Medical and sanitary report of the native army of Madras for the year
Year: 1877
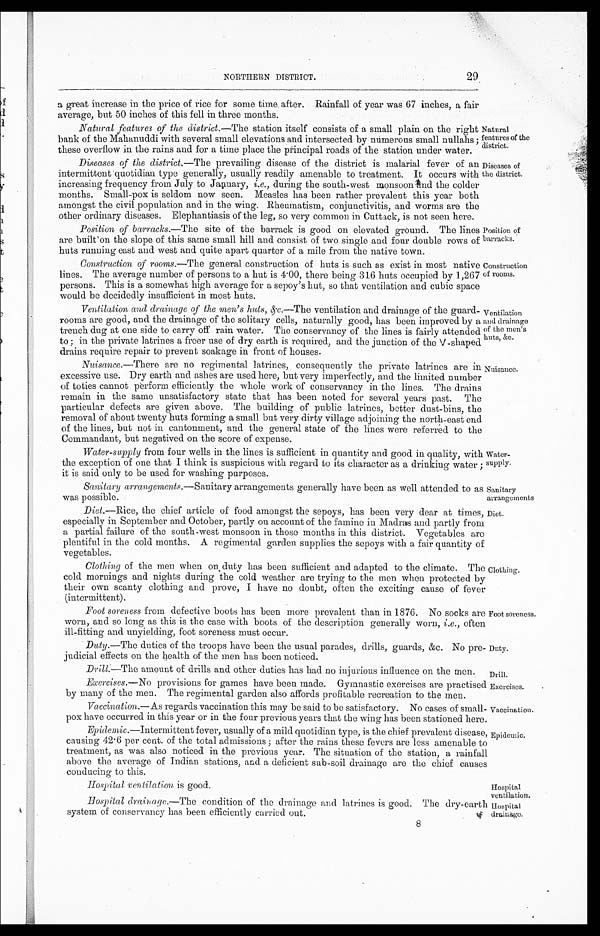
Natural
features of the
district.
Diseases of
the district.
Duty.
Drill.
Exercises.
Vaccination.
Epidemic.
Hospital
ventilation.
Hospital
drainage.
29
NORTHERN DISTRICT.
a great increase in the price of rice for some time after. Rainfall of year was 67 inches, a fair
average, but 50 inches of this fell in three months.
Natural features of the district. —The station itself consists of a small plain on the right
bank of the Mahanuddi with several small elevations and intersected by numerous small nullahs ;
these overflow in the rains and for a time place the principal roads of the station under water.
Diseases of the district.—The prevailing disease of the district is malarial fever of an
intermittent quotidian type generally, usually readily amenable to treatment. It occurs with
increasing frequency from July to January, i.e., during the south-west monsoon and the colder
months. Small-pox is seldom now seen. Measles has been rather prevalent this year both
amongst the civil population and in the wing. Rheumatism, conjunctivitis, and worms are the
other ordinary diseases. Elephantiasis of the leg, so very common in Cuttack is not seen here.
Position of barracks. —The site of the barrack is good on elevated ground. The lines
are built on the slope of this same small hill and consist of two single and four double rows of
huts running east and west and quite apart quarter of a mile from the native town.
Construction of rooms. —The general construction of huts is such as exist in most native
lines. The average number of persons to a hut is 4.00, there being 316 huts occupied by 1,267
persons. This is a somewhat high average for a sepoy's hut, so that ventilation and cubic space
would be decidedly insufficient in most huts.
Position of
barracks.
Construction
of rooms.
Ventilation and drainage of the men's huts, &c.—The ventilation and drainage of the guard
-
rooms are good, and the drainage of the solitary cells, naturally good, has been improved by a
trench dug at one side to carry off rain water. The conservancy of the lines is fairly attended
to ; in the private latrines a freer use of dry earth is required, and the junction of the V -shaped
drains require repair to prevent soakage in front of houses.
Nuisance. —There are no regimental latrines, consequently the private latrines are in
excessive use. Dry earth and ashes are used here, but very imperfectly, and the limited number
of toties cannot perform efficiently the whole work of conservancy in the lines. The drains
remain in the same unsatisfactory state that has been noted for several years past. The
particular defects are given above. The building of public latrines, better dust-bins, the
removal of about twenty huts forming a small but very dirty village adjoining the north-east end
of the lines, but not in cantonment, and the general state of the lines were referred to the
Commandant, but negatived on the score of expense.
Ventilation
and drainage
of the men's
huts, &c.
Water-supply from four wells in the lines is sufficient in quantity and good in quality, with
the exception of one that I think is suspicious with regard to its character as a drinking water ;
it is said only to be used for washing purposes.
Sanitary arrangements. —Sanitary arrangements generally have been as well attended to as
was possible.
Water
-supply.
Sanitary
arrangements
Diet. —Rice, the chief article of food amongst the sepoys, has been very dear at times,
especially in September and October, partly on account of the famine in Madras and partly from
a partial failure of the south-west monsoon in those months in this district. Vegetables are
plentiful in the cold months. A regimental garden supplies the sepoys with a fair quantity of
vegetables.
Clothing of the men when on duty has been sufficient and adapted to the climate. The
cold mornings and nights during the cold weather are trying to the men when protected by
their own scanty clothing and prove, I have no doubt, often the exciting cause of fever
(intermittent).
Foot soreness from defective boots has been more prevalent than in 1876. No socks are
worn, and so long as this is the case with boots of the description generally worn, i.e., often
ill -fitting and unyielding, foot soreness must occur.
Duty. —The duties of the troops have been the usual parades, drills, guards, &c. No pre
-
judicial effects on the health of the men has been noticed.
Drill. —The amount of drills and other duties has had no injurious influence on the men.
Diet.
Clothing.
Foot soreness.
Exercises. —No provisions for games have been made. Gymnastic exercises are practised
by many of the men. The regimental garden also affords profitable recreation to the men.
Vaccination.— As regards vaccination this may be said to be satisfactory. No cases of small
-
pox have occurred in this year or in the four previous years that the wing has been stationed here.
Epidemic. -Intermittent fever, usually of a mild quotidian type, is the chief prevalent disease,
causing 42.6 per cent. of the total admissions ; after the rains these fevers are less amenable to
treatment, as was also noticed in the previous year. The situation of the station, a rainfall
above the average of Indian stations, and a deficient sub-soil drainage are the chief causes
conducing to this.
Hospital ventilation is good.
Hospital drainage. —The condition of the drainage and latrines is good. The dry-earth
system of conservancy has been efficiently carried out. 8